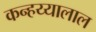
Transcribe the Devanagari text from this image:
कन्हय्यालाल